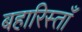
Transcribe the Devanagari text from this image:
बहारिस्ताँ